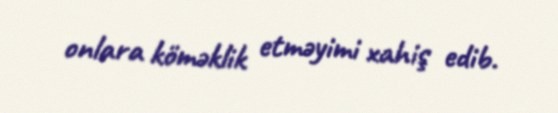
onlara köməklik etməyimi xahiş edib.